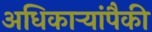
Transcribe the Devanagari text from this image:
अधिकार्‍यांपैकी